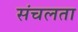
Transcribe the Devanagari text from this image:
संचलता